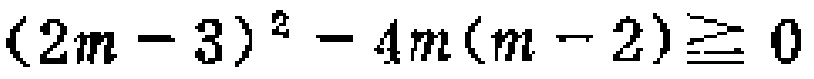
\((2m - 3)^2 - 4m(m - 2) \geq 0\)